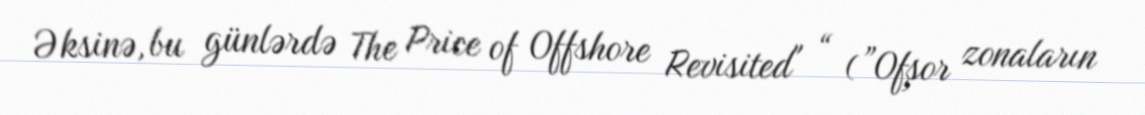
Əksinə, bu günlərdə The Price of Offshore Revisited" “ (”Ofşor zonaların